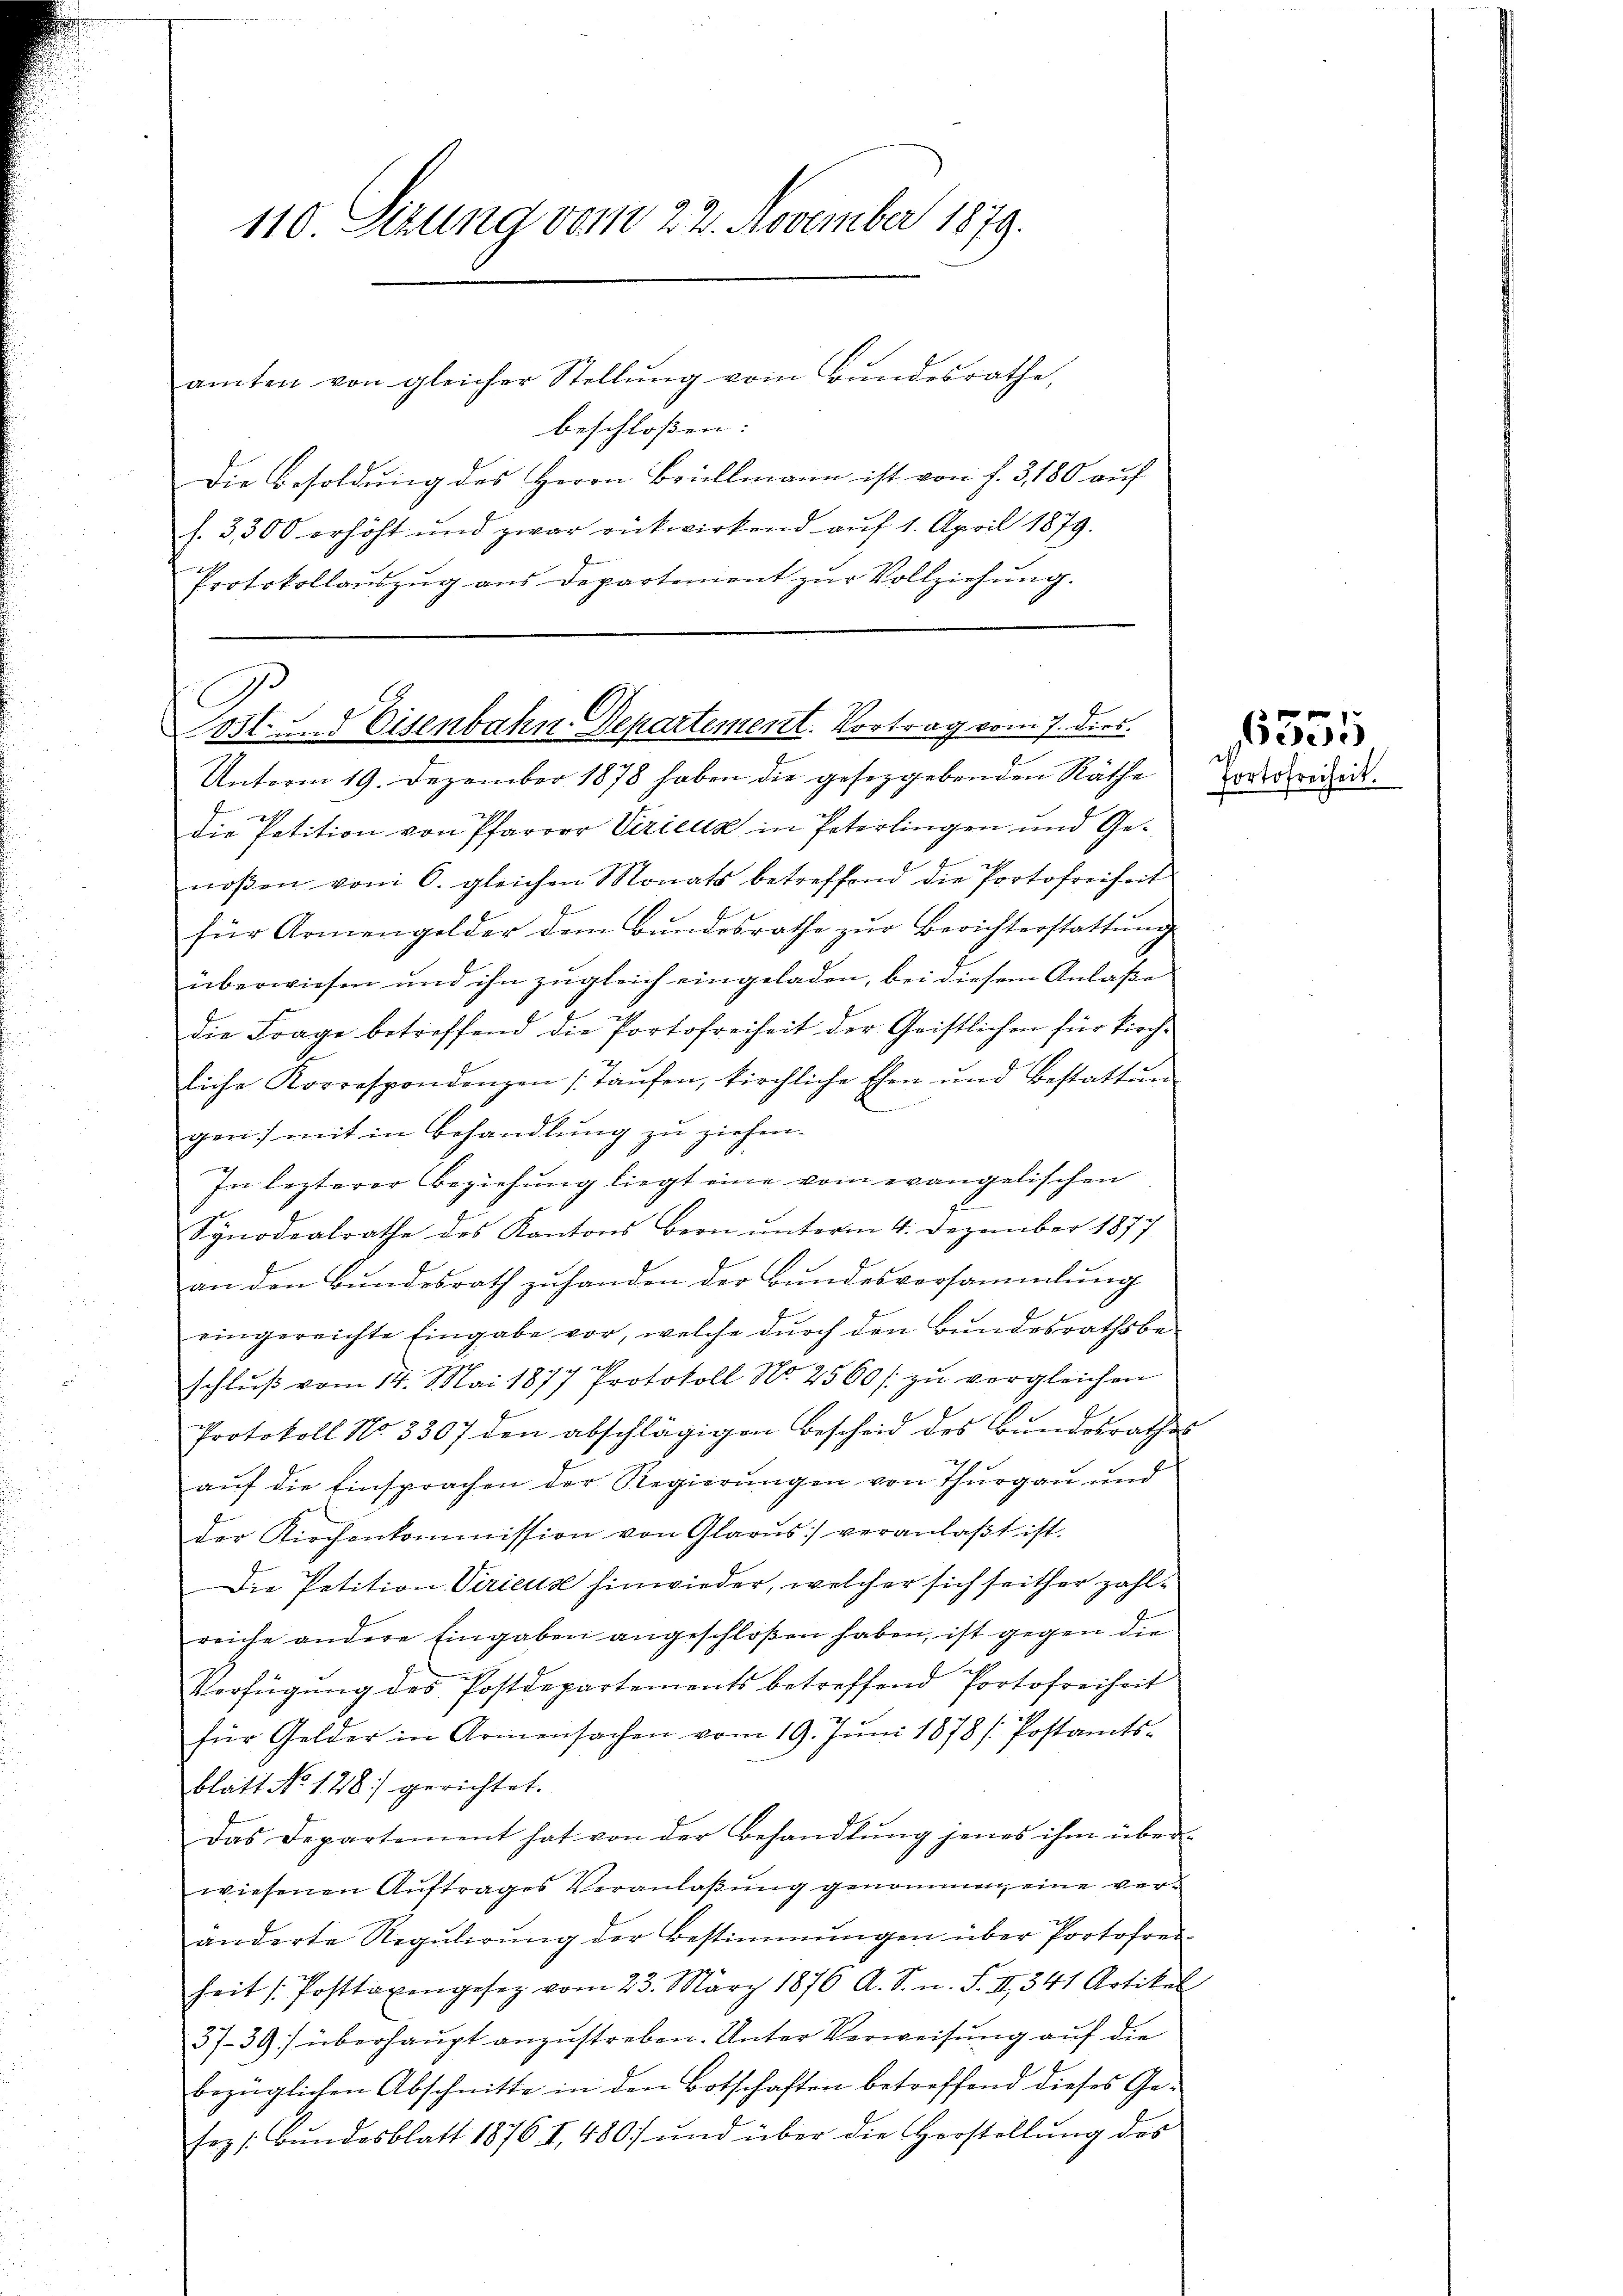
110. Sizung vom 22. November 1879.

amten von gleicher Stellŭng vom Bŭndesrathe,
beschlossen: |
Die Besoldung des Herrn Brüllmann ist von f. 3, 180 auf
f. 3300 erhöht und zwar rückwirkend aŭf 1. April 1879.
Protokollauszug aus Departement zur Vollziehung.

A
Post- und Eisenbahn-Departement. Vortrag vom 7. dies

Unterm 19. Dezember 1878 haben die gesezgebenden Räthe droit.
die Petition von Pfarrer Viricus in Peterlingen und Genoβen vom 6. gleichen Monats betreffend die Portofreiheit
für Armengelder dem Bŭndesrathe zŭr Berichterstattŭng
überwiesen und ihn zugleich eingeladen, bei diesem Anlaße
die Frage betreffend die Portofreiheit der Geistlichen für kirch-
liche Korrespondenzen (Taŭfen, kirchliche Ehen und Bestattŭn
gen) mit in Behandlung zu ziehen.
In lezterer Beziehung liegt eine vom evangelischen
Synodealrathe des Kantons Bern ŭnterm 4. Dezember 1877
an den Bundesrath zuhanden der Bundesversammlung
eingereichte Eingabe vor, welche dŭrch den Bŭndesrathsbe-
schluß vom 14. Mai 1877 Protokoll No 2560/ zu vergleichen
Protokoll No 3307 den abschlägigen Bescheid des Bundesrathes
aŭf die Einsprachen der Regierungen von Thurgau und
der Kirchenkommission von Glarus veranlaβt ist.
Die Petition Virieuse hinwieder, welcher sich seither zahlreiche andere Eingaben angeschloßen haben, ist gegen die
Verfügung des Postdepartements betreffend Portofreiheit
für Gelder in Armensachen vom 19. Jŭni 1878 / Postamts-
blatt No. 178) gerichtet.
Das Departement hat von der Behandlŭng jenes ihm über-
wiesenen Auftrages Veranlaßung genommen eine veränderte Regŭlirŭng der Bestimmungen über Portofrec
heit / Posttaxengesez vom 23. März 1876 A. S. n. F. II 341 Artikel
37-39) überhaupt anzustreben. Unter Verweisung auf die
bezüglichen Abschnitte in den Botschaften betreffend dieses Gesoz /: Bundesblatt 1876 I,480) und über die Herstellung des

6551